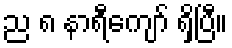
ည ၈ နာရီကျော် ရှိပြီ။